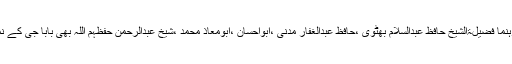
جماعۃ الدعوہ کے مرکزی رہنما فضیلۃالشیخ حافظ عبدالسلام بھٹوی ،حافظ عبدالغفار مدنی ،ابواحسان ،ابومعاذ محمد ،شیخ عبدالرحمن حفظہم اللہ بھی بابا جی کے نماز جنازہ میں تشریف لائے ۔